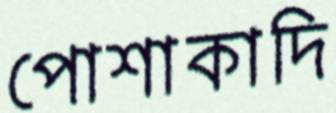
পোশাকাদি